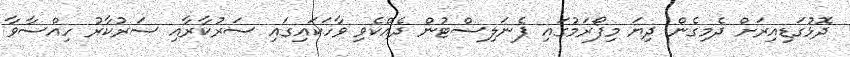
ދޮޅުގަޑިއިރަށް ދެމިގެން ދިޔަ މިފޯރަމުގައި ޕެނަލިސްޓުން ދެއްކެވި ވާހަކައިގައި ސަރުކާރާއި ސަރުކާރު ހިއްސާވާ